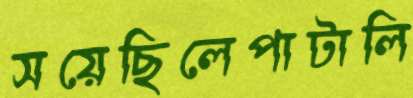
সয়েছিলেপাটালি